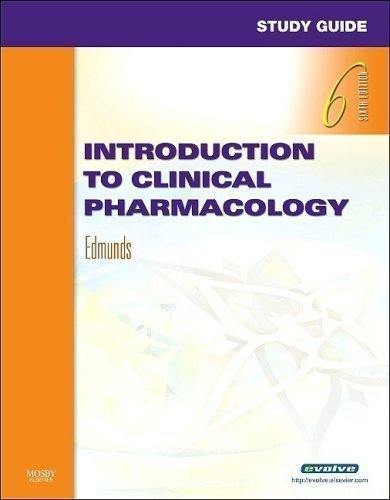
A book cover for By Marilyn Winterton Edmunds PhD ANP/GNP: Study Guide for Introduction to Clinical Pharmacology Sixth (6th) Edition; -Mosby-; Medical Books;